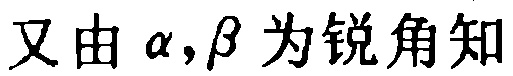
又由\(\alpha,\beta\)为锐角知